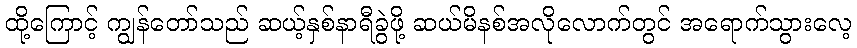
ထို့ကြောင့် ကျွန်တော်သည် ဆယ့်နှစ်နာရီခွဲဖို့ ဆယ်မိနစ်အလိုလောက်တွင် အရောက်သွားလေ့